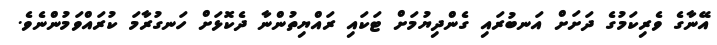
އޭނާގެ ވެރިކަމުގެ ދަށަށް އަނބުރައި ގެންދިޔުމަށް ޓަކައި ރައްޔިތުންނާ ދެކޮޅަށް ހަނގުރާމަ ކުރައްވަމުންނެވެ.